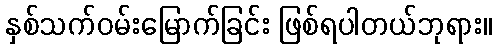
နှစ်သက်ဝမ်းမြောက်ခြင်း ဖြစ်ရပါတယ်ဘုရား။